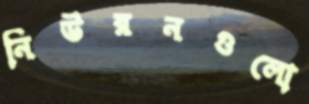
নিউরনগুলো